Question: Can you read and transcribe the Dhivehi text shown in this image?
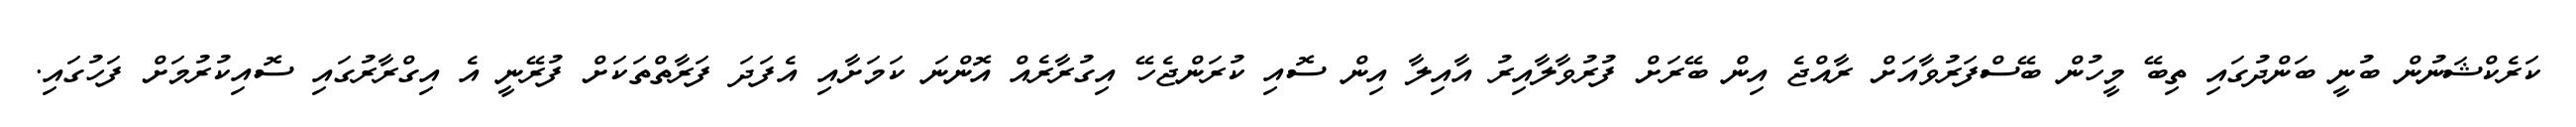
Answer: ކަރެކްޝަނުން ބުނީ ބަންދުގައި ތިބޭ މީހުން ބޭސްފަރުވާއަށް ރާއްޖެ އިން ބޭރަށް ފުރުވާލާއިރު އާއިލާ އިން ސޮއި ކުރަންޖެހޭ އިގުރާރެއް އޮންނަ ކަމަށާއި އެފަދަ ފަރާތްތަކަށް ފުރޭނީ އެ އިގްރާރުގައި ސޮއިކުރުމަށް ފަހުގައި.